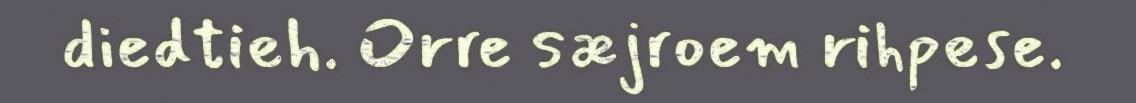
diedtieh. Orre sæjroem rihpese.